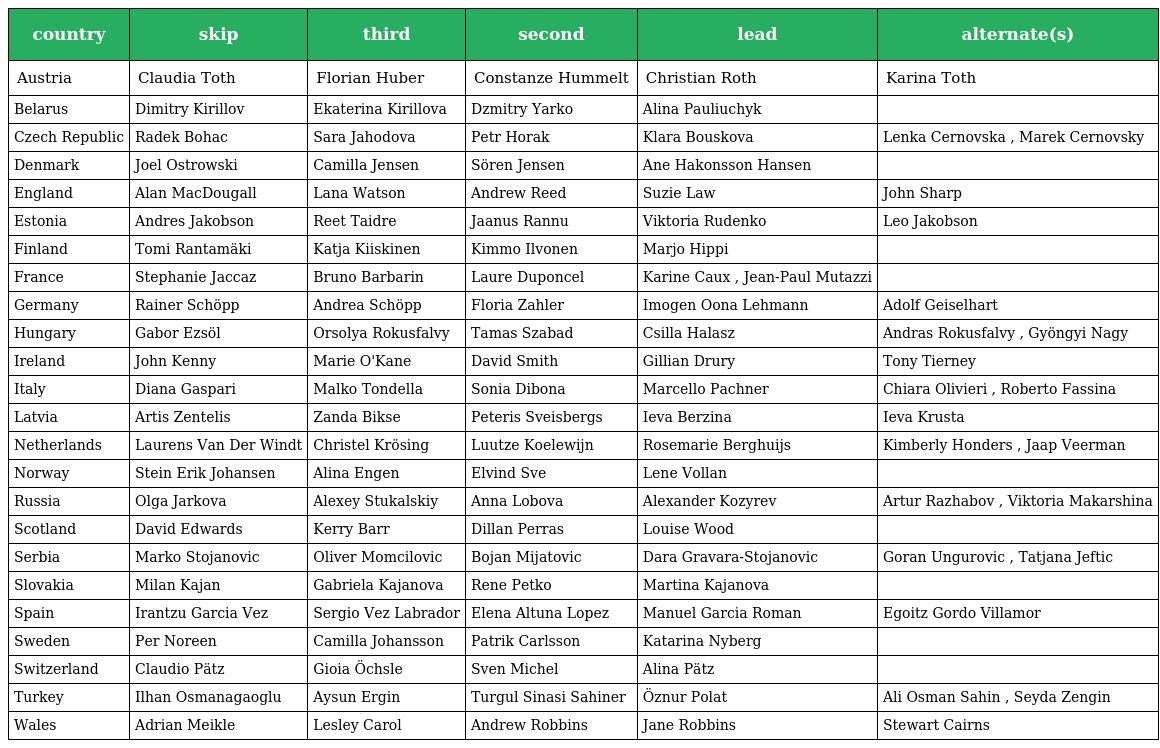
| country | skip | third | second | lead | alternate(s) |
 | --- | --- | --- | --- | --- | --- |
 | Austria | Claudia Toth | Florian Huber | Constanze Hummelt | Christian Roth | Karina Toth |
 | Belarus | Dimitry Kirillov | Ekaterina Kirillova | Dzmitry Yarko | Alina Pauliuchyk |  |
 | Czech Republic | Radek Bohac | Sara Jahodova | Petr Horak | Klara Bouskova | Lenka Cernovska , Marek Cernovsky |
 | Denmark | Joel Ostrowski | Camilla Jensen | Sören Jensen | Ane Hakonsson Hansen |  |
 | England | Alan MacDougall | Lana Watson | Andrew Reed | Suzie Law | John Sharp |
 | Estonia | Andres Jakobson | Reet Taidre | Jaanus Rannu | Viktoria Rudenko | Leo Jakobson |
 | Finland | Tomi Rantamäki | Katja Kiiskinen | Kimmo Ilvonen | Marjo Hippi |  |
 | France | Stephanie Jaccaz | Bruno Barbarin | Laure Duponcel | Karine Caux , Jean-Paul Mutazzi |  |
 | Germany | Rainer Schöpp | Andrea Schöpp | Floria Zahler | Imogen Oona Lehmann | Adolf Geiselhart |
 | Hungary | Gabor Ezsöl | Orsolya Rokusfalvy | Tamas Szabad | Csilla Halasz | Andras Rokusfalvy , Gyöngyi Nagy |
 | Ireland | John Kenny | Marie O'Kane | David Smith | Gillian Drury | Tony Tierney |
 | Italy | Diana Gaspari | Malko Tondella | Sonia Dibona | Marcello Pachner | Chiara Olivieri , Roberto Fassina |
 | Latvia | Artis Zentelis | Zanda Bikse | Peteris Sveisbergs | Ieva Berzina | Ieva Krusta |
 | Netherlands | Laurens Van Der Windt | Christel Krösing | Luutze Koelewijn | Rosemarie Berghuijs | Kimberly Honders , Jaap Veerman |
 | Norway | Stein Erik Johansen | Alina Engen | Elvind Sve | Lene Vollan |  |
 | Russia | Olga Jarkova | Alexey Stukalskiy | Anna Lobova | Alexander Kozyrev | Artur Razhabov , Viktoria Makarshina |
 | Scotland | David Edwards | Kerry Barr | Dillan Perras | Louise Wood |  |
 | Serbia | Marko Stojanovic | Oliver Momcilovic | Bojan Mijatovic | Dara Gravara-Stojanovic | Goran Ungurovic , Tatjana Jeftic |
 | Slovakia | Milan Kajan | Gabriela Kajanova | Rene Petko | Martina Kajanova |  |
 | Spain | Irantzu Garcia Vez | Sergio Vez Labrador | Elena Altuna Lopez | Manuel Garcia Roman | Egoitz Gordo Villamor |
 | Sweden | Per Noreen | Camilla Johansson | Patrik Carlsson | Katarina Nyberg |  |
 | Switzerland | Claudio Pätz | Gioia Öchsle | Sven Michel | Alina Pätz |  |
 | Turkey | Ilhan Osmanagaoglu | Aysun Ergin | Turgul Sinasi Sahiner | Öznur Polat | Ali Osman Sahin , Seyda Zengin |
 | Wales | Adrian Meikle | Lesley Carol | Andrew Robbins | Jane Robbins | Stewart Cairns |